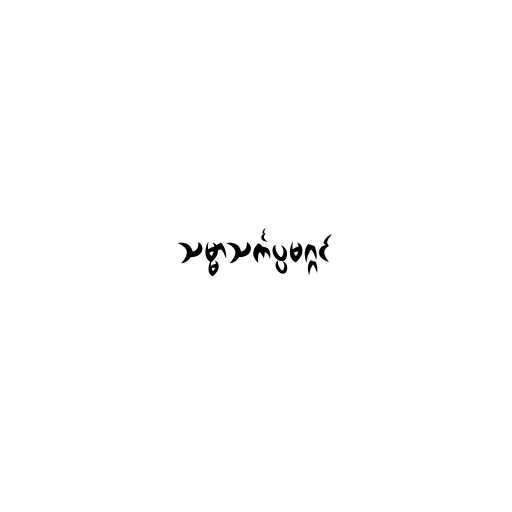
သမ္မာသင်္ကပ္ပမဂ္ဂင်